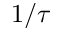
1 / \tau